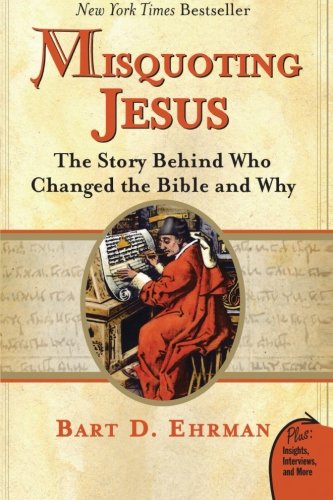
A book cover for Misquoting Jesus: The Story Behind Who Changed the Bible and Why; Bart D. Ehrman; History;